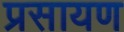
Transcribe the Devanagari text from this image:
प्रसायण